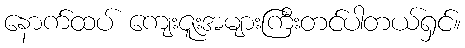
နောက်ထပ် ကျေးဇူးအများကြီးတင်ပါတယ်ရှင်။